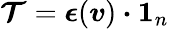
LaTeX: \boldsymbol{\mathcal{T}}=\boldsymbol{\epsilon}(\boldsymbol{v})\boldsymbol{\cdot}\boldsymbol{1}_{n}